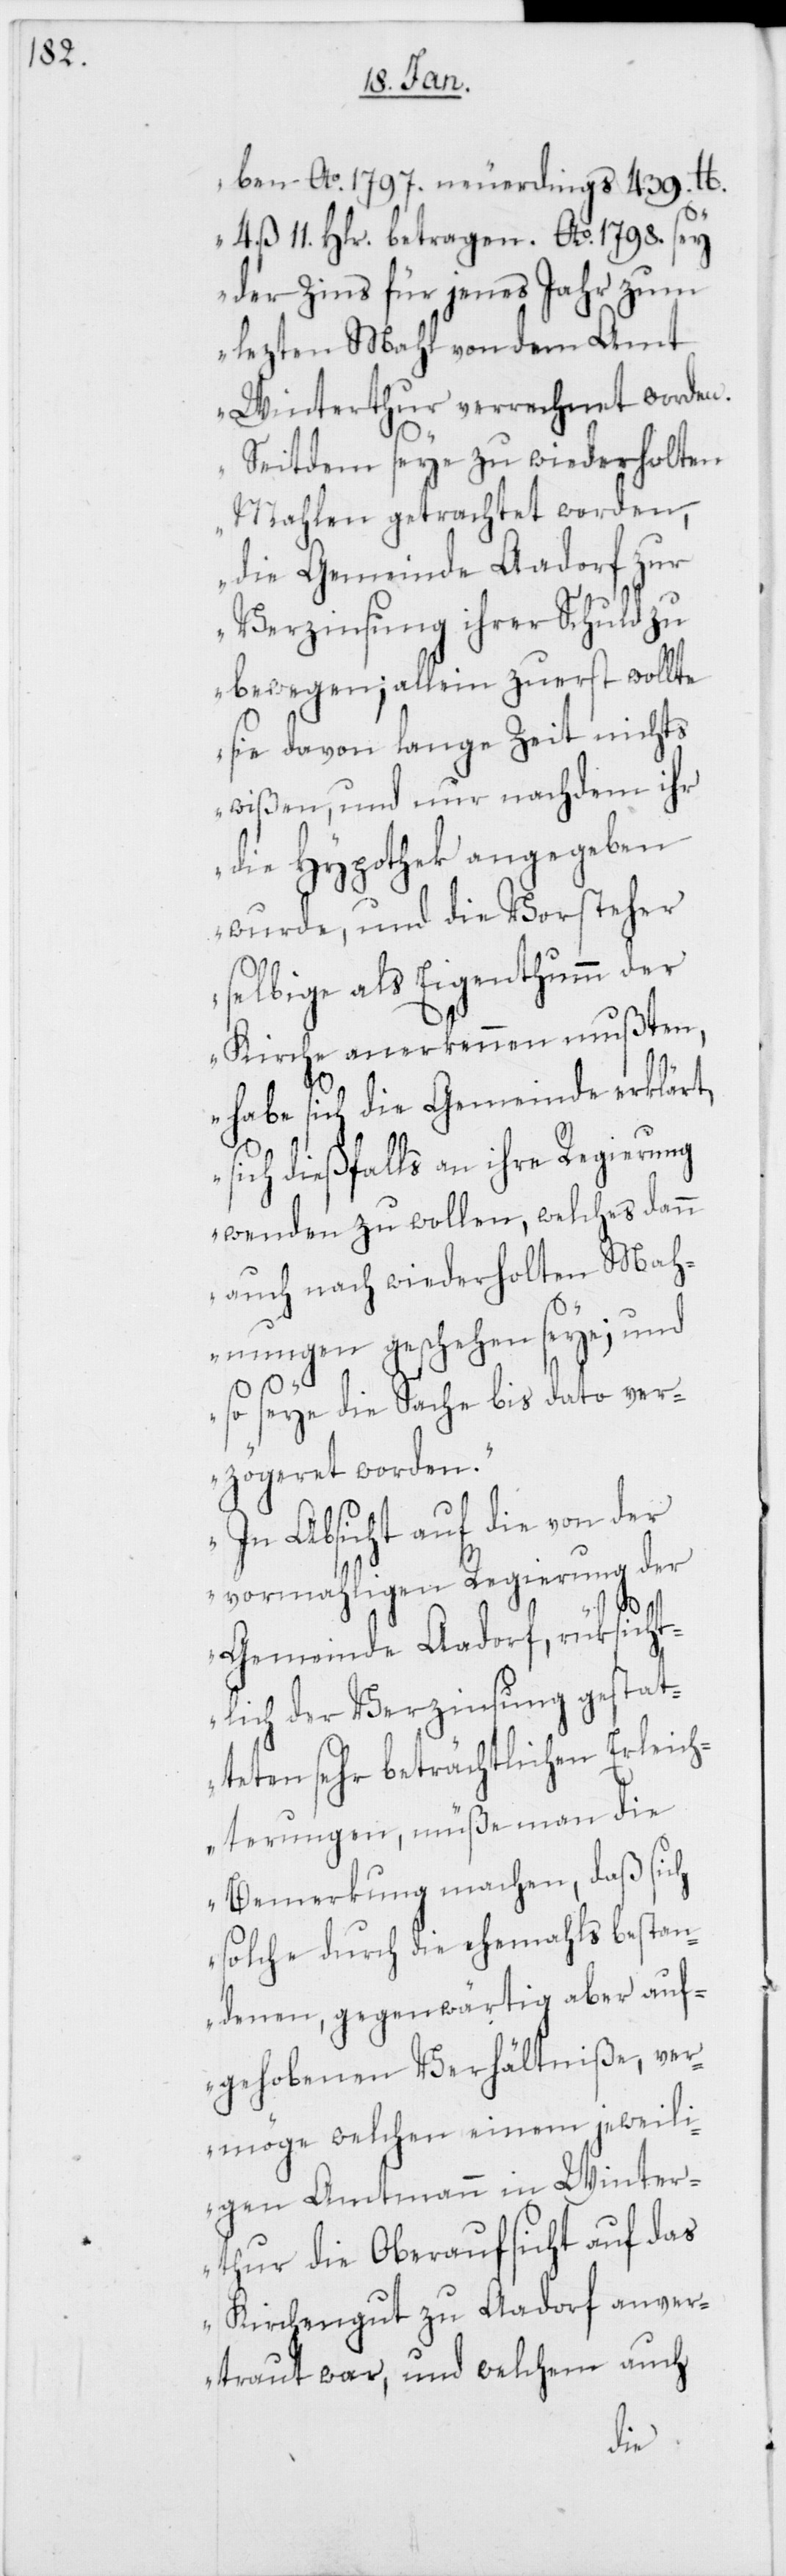
ben Ao. 1797. neuerdings 439. lb.
4. ß 11. Hlr. betragen. Ao. 1798. sey
der Zins für jenes Jahr zum
lezten Mahl von dem Amt
Winterthur verrechnet worden.
Seitdem seye zu wiederholten
Mahlen getrachtet worden,
die Gemeinde Aadorf zur
Verzinsung ihrer Schuld zu
bewegen; allein zuerst wollte
sie davon lange Zeit nichts
wißen, und nur nachdem ihr
wurde, und die Vorsteher
selbige als Eigenthumm der
Kirche anerkennen mußten,
habe sich die Gemeinde erklärt,
sich dießfalls an ihre Regierung
wenden zu wollen, welches dann
auch nach wiederholten Mah¬
nungen geschehen seye; und
so seye die Sache bis dato ver¬
zögeret worden.
In Absicht auf die von der
vormahligen Regierung der
Gemeinde Aadorf, rüksicht¬
lich der Verzinsung gestat¬
teten sehr beträchtlichen Erleich¬
terungen, müße man die
Bemerkung machen, daß sich
solche durch die ehemahls bestan¬
denen, gegenwärtig aber auf¬
gehobenen Verhältniße, ver¬
möge welchen einem jeweili¬
gen Amtmann in Winter¬
thur die Oberaufsicht auf das
Kirchengut zu Aadorf anver¬
traut war, und welchem auch
die